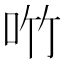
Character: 𪠿